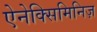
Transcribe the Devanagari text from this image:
ऐनेक्सिमिनिज़